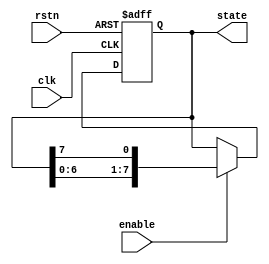
// Copyright 2015 ETH Zurich and University of Bologna.
// Copyright and related rights are licensed under the Solderpad Hardware
// License, Version 0.51 (the License); you may not use this file except in
// compliance with the License.  You may obtain a copy of the License at
// http://solderpad.org/licenses/SHL-0.51. Unless required by applicable law
// or agreed to in writing, software, hardware and materials distributed under
// this License is distributed on an AS IS BASIS, WITHOUT WARRANTIES OR
// CONDITIONS OF ANY KIND, either express or implied. See the License for the
// specific language governing permissions and limitations under the License.

module dc_token_ring(clk, rstn, enable, state);

    parameter                     BUFFER_DEPTH = 8;
    parameter                     RESET_VALUE = 'h3;

    input                         clk;
    input                         rstn;
    input                         enable;
    output [BUFFER_DEPTH - 1 : 0] state;

    reg [BUFFER_DEPTH - 1 : 0]    state;
    reg [BUFFER_DEPTH - 1 : 0]    next_state;

    always @(posedge clk or negedge rstn)
    begin: update_state
        if (rstn == 1'b0)
            state <= RESET_VALUE;
        else
            state <= next_state;
    end

    always @(enable, state)
    begin
        if (enable)
            next_state = {state[BUFFER_DEPTH - 2 : 0], state[BUFFER_DEPTH - 1]};
        else
            next_state = state;
    end

endmodule